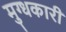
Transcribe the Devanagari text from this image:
मुग्धकारी